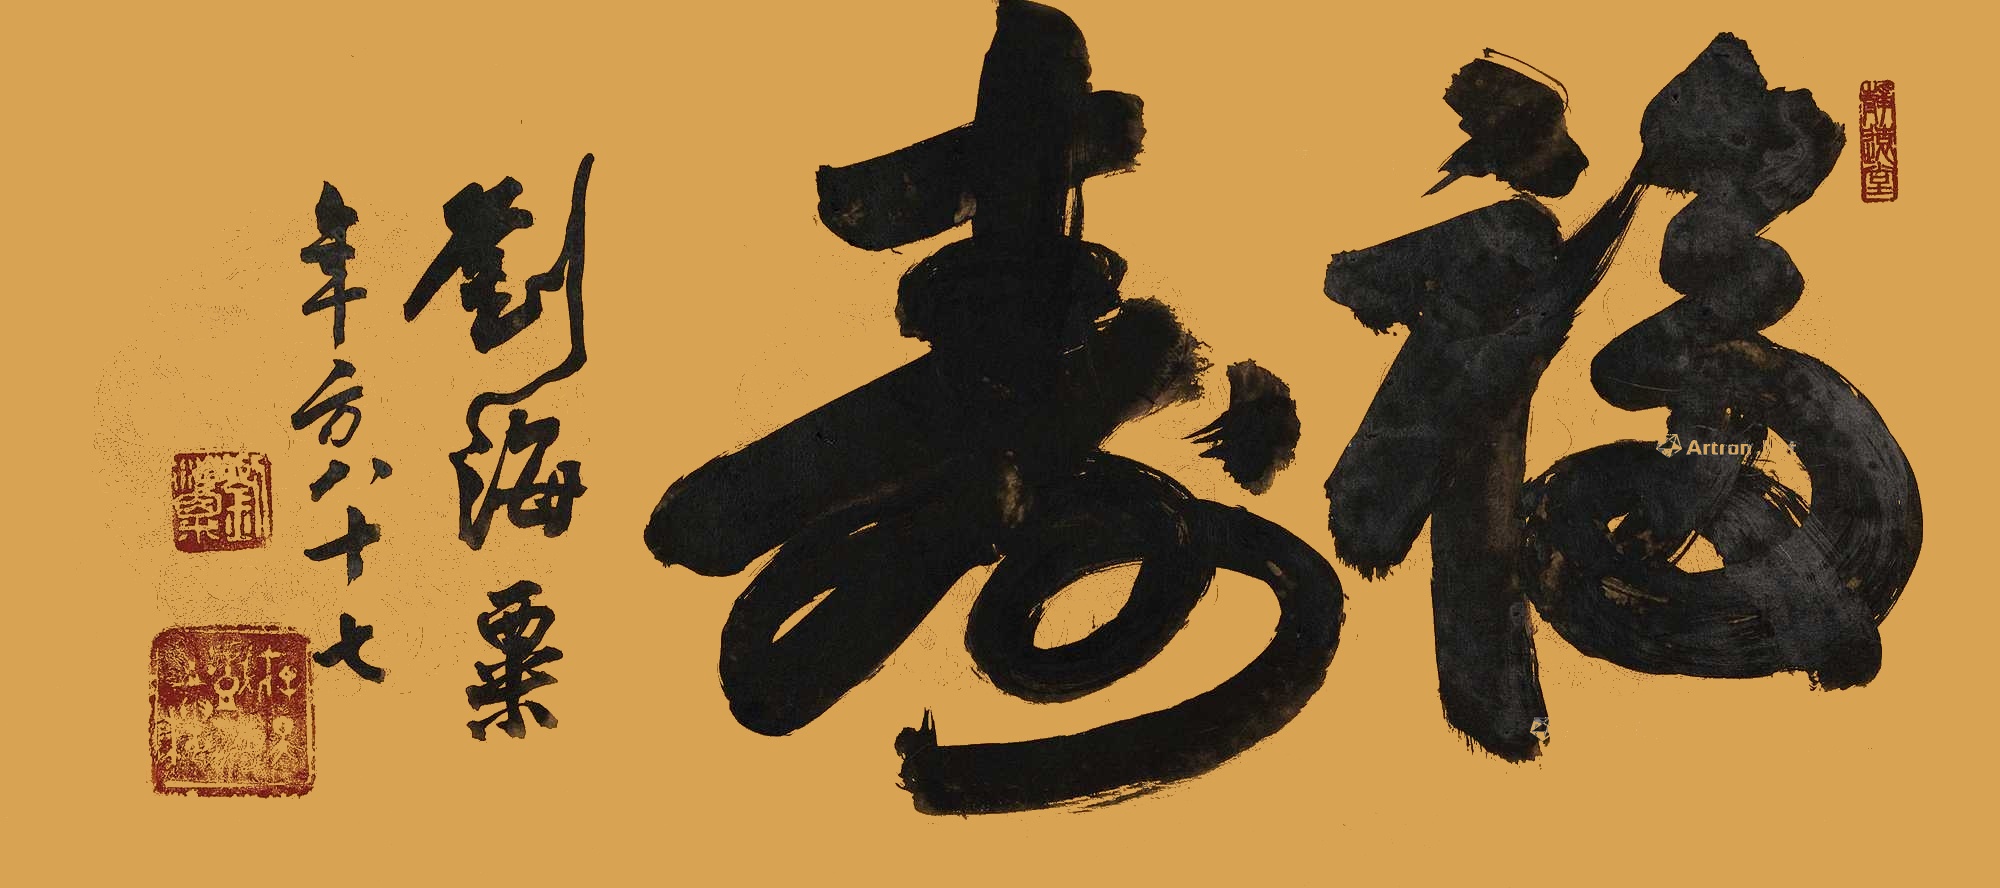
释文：福寿刘海粟年方八十七。